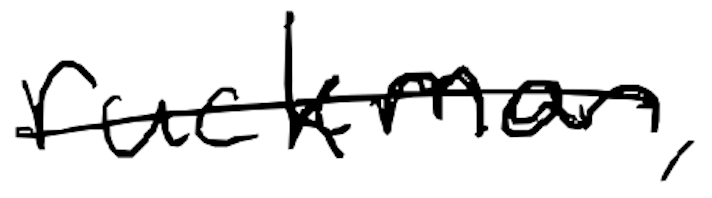
Text: ruckman,
Cross-out: single-line
Writing tool: digital_black